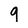
Character: 9